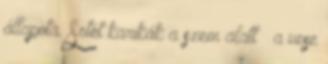
állapota. Sötét karikák a szem alatt – a vese